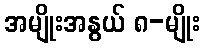
အမျိုးအနွယ် ၈-မျိုး